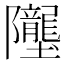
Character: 𲉥